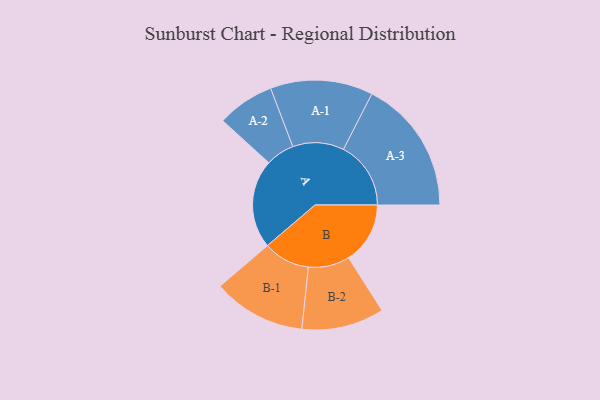
{"axis": {"x": "Segment", "y": "Value"}, "legend": ["", "A", "B"], "data": [{"x": "A", "y": 353, "type": ""}, {"x": "B", "y": 245, "type": ""}, {"x": "A-1", "y": 204, "type": "A"}, {"x": "A-2", "y": 114, "type": "A"}, {"x": "A-3", "y": 268, "type": "A"}, {"x": "B-1", "y": 185, "type": "B"}, {"x": "B-2", "y": 164, "type": "B"}]}